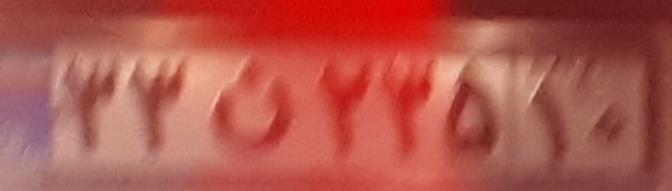
۳۳ن۲۳۵۱۰